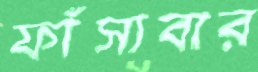
ফাঁসাবার